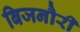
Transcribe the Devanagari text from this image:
बिजनौरी